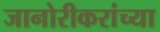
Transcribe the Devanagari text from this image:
जानोरीकरांच्या